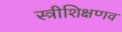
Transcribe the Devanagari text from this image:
स्त्रीशिक्षणव